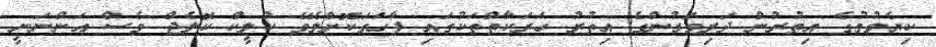
ކިޔެވުމުގެ އިތުރުން ދަރިވަރުންގެ އިތުރު ހަރަކާތްތަކުގައި ފާހަގަކޮށްލެވޭ ކްލީކް ކޮލެޖް ވެސް އަންނަނީ